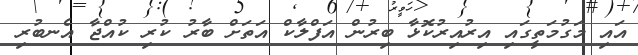
އައި މަގުމަތީގައި އިރުއިރުކޮޅާ ބިރުން އަފްލާކް އަތަށް ބާރު ކުރި ކުއްޖާ އެނބުރި